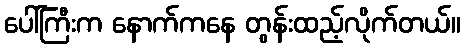
ပေါ်ကြီးက နောက်ကနေ တွန်းထည့်လိုက်တယ်။